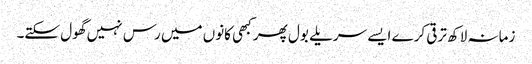
زمانہ لاکھ ترقی کرے ایسے سریلے بول پھر کبھی کانوں میں رس نہیں گھول سکتے۔